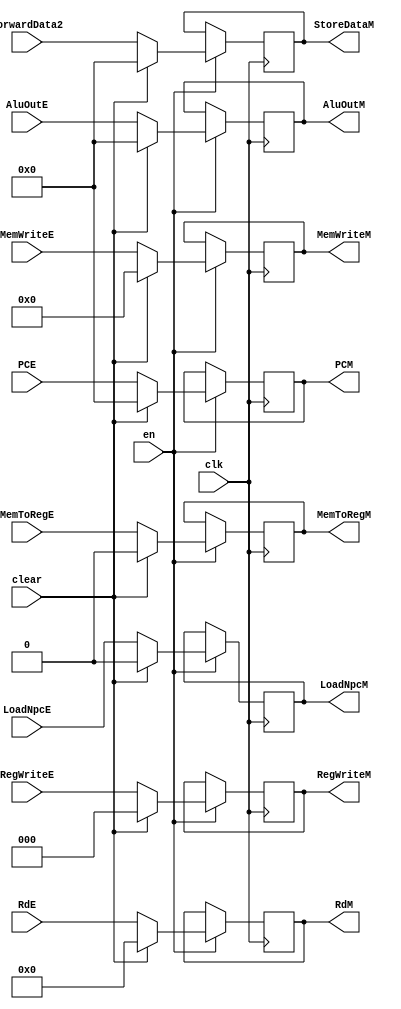
`timescale 1ns / 1ps
//////////////////////////////////////////////////////////////////////////////////
// Company: USTC ESLABEmbeded System Lab
// Design Name: RISCV-Pipline CPU
// Module Name: MEMSegReg
// Target Devices: Nexys4
// Tool Versions: Vivado 2017.4.1
// Description: EX-MEM Segment Register
//////////////////////////////////////////////////////////////////////////////////
module MEMSegReg(
    input wire clk,
    input wire en,
    input wire clear,
    //Data Signals
    input wire [31:0] AluOutE,
    output reg [31:0] AluOutM, 
    input wire [31:0] ForwardData2,
    output reg [31:0] StoreDataM, 
    input wire [4:0] RdE,
    output reg [4:0] RdM,
    input wire [31:0] PCE,
    output reg [31:0] PCM,
    //Control Signals
    input wire [2:0] RegWriteE,
    output reg [2:0] RegWriteM,
    input wire MemToRegE,
    output reg MemToRegM,
    input wire [3:0] MemWriteE,
    output reg [3:0] MemWriteM,
    input wire LoadNpcE,
    output reg LoadNpcM
    );
    initial begin
        AluOutM    = 0;
        StoreDataM = 0;
        RdM        = 5'h0;
        PCM        = 0;
        RegWriteM  = 3'h0;
        MemToRegM  = 1'b0;
        MemWriteM  = 4'b0;
        LoadNpcM   = 0;
    end
    
    always@(posedge clk)
        if(en) begin
            AluOutM    <= clear ?     0 : AluOutE;
            StoreDataM <= clear ?     0 : ForwardData2;
            RdM        <= clear ?  5'h0 : RdE;
            PCM        <= clear ?     0 : PCE;
            RegWriteM  <= clear ?  3'h0 : RegWriteE;
            MemToRegM  <= clear ?  1'b0 : MemToRegE;
            MemWriteM  <= clear ?  4'b0 : MemWriteE;
            LoadNpcM   <= clear ?     0 : LoadNpcE;
        end
    
endmodule